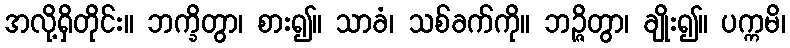
အလို့ရှိတိုင်း။ ဘက္ခိတွာ၊ စား၍။ သာခံ၊ သစ်ခက်ကို။ ဘဉ္ဇိတွာ၊ ချိုး၍။ ပက္ကမိ၊